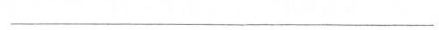
___